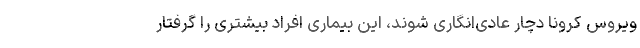
ویروس کرونا دچار عادی‌انگاری شوند، این بیماری افراد بیشتری را گرفتار